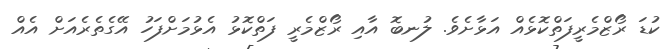
ކުޑަ ރޯޒްމެރީފަތްކޮޅެއް އަޅާށެވެ. ލުނބޮ އާއި ރޯޒްމެރީ ފަތްކޮޅު އެޅުމަށްފަހު އޭގެތެރެއަށް އެއް